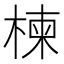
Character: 楝